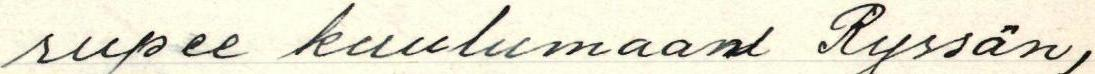
rupee kuulumaan Ryssän,